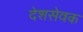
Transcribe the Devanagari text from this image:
देशसेवक